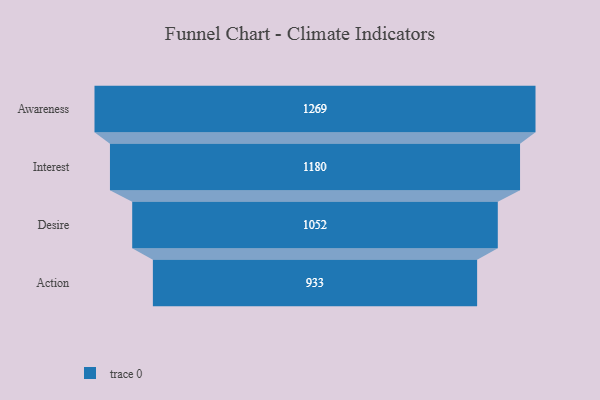
{"axis": {"x": "Stage", "y": "Value"}, "legend": [""], "data": [{"x": "Awareness", "y": 1269.0, "type": ""}, {"x": "Interest", "y": 1180.0, "type": ""}, {"x": "Desire", "y": 1052.0, "type": ""}, {"x": "Action", "y": 933.0, "type": ""}]}